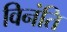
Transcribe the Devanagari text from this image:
विनंति